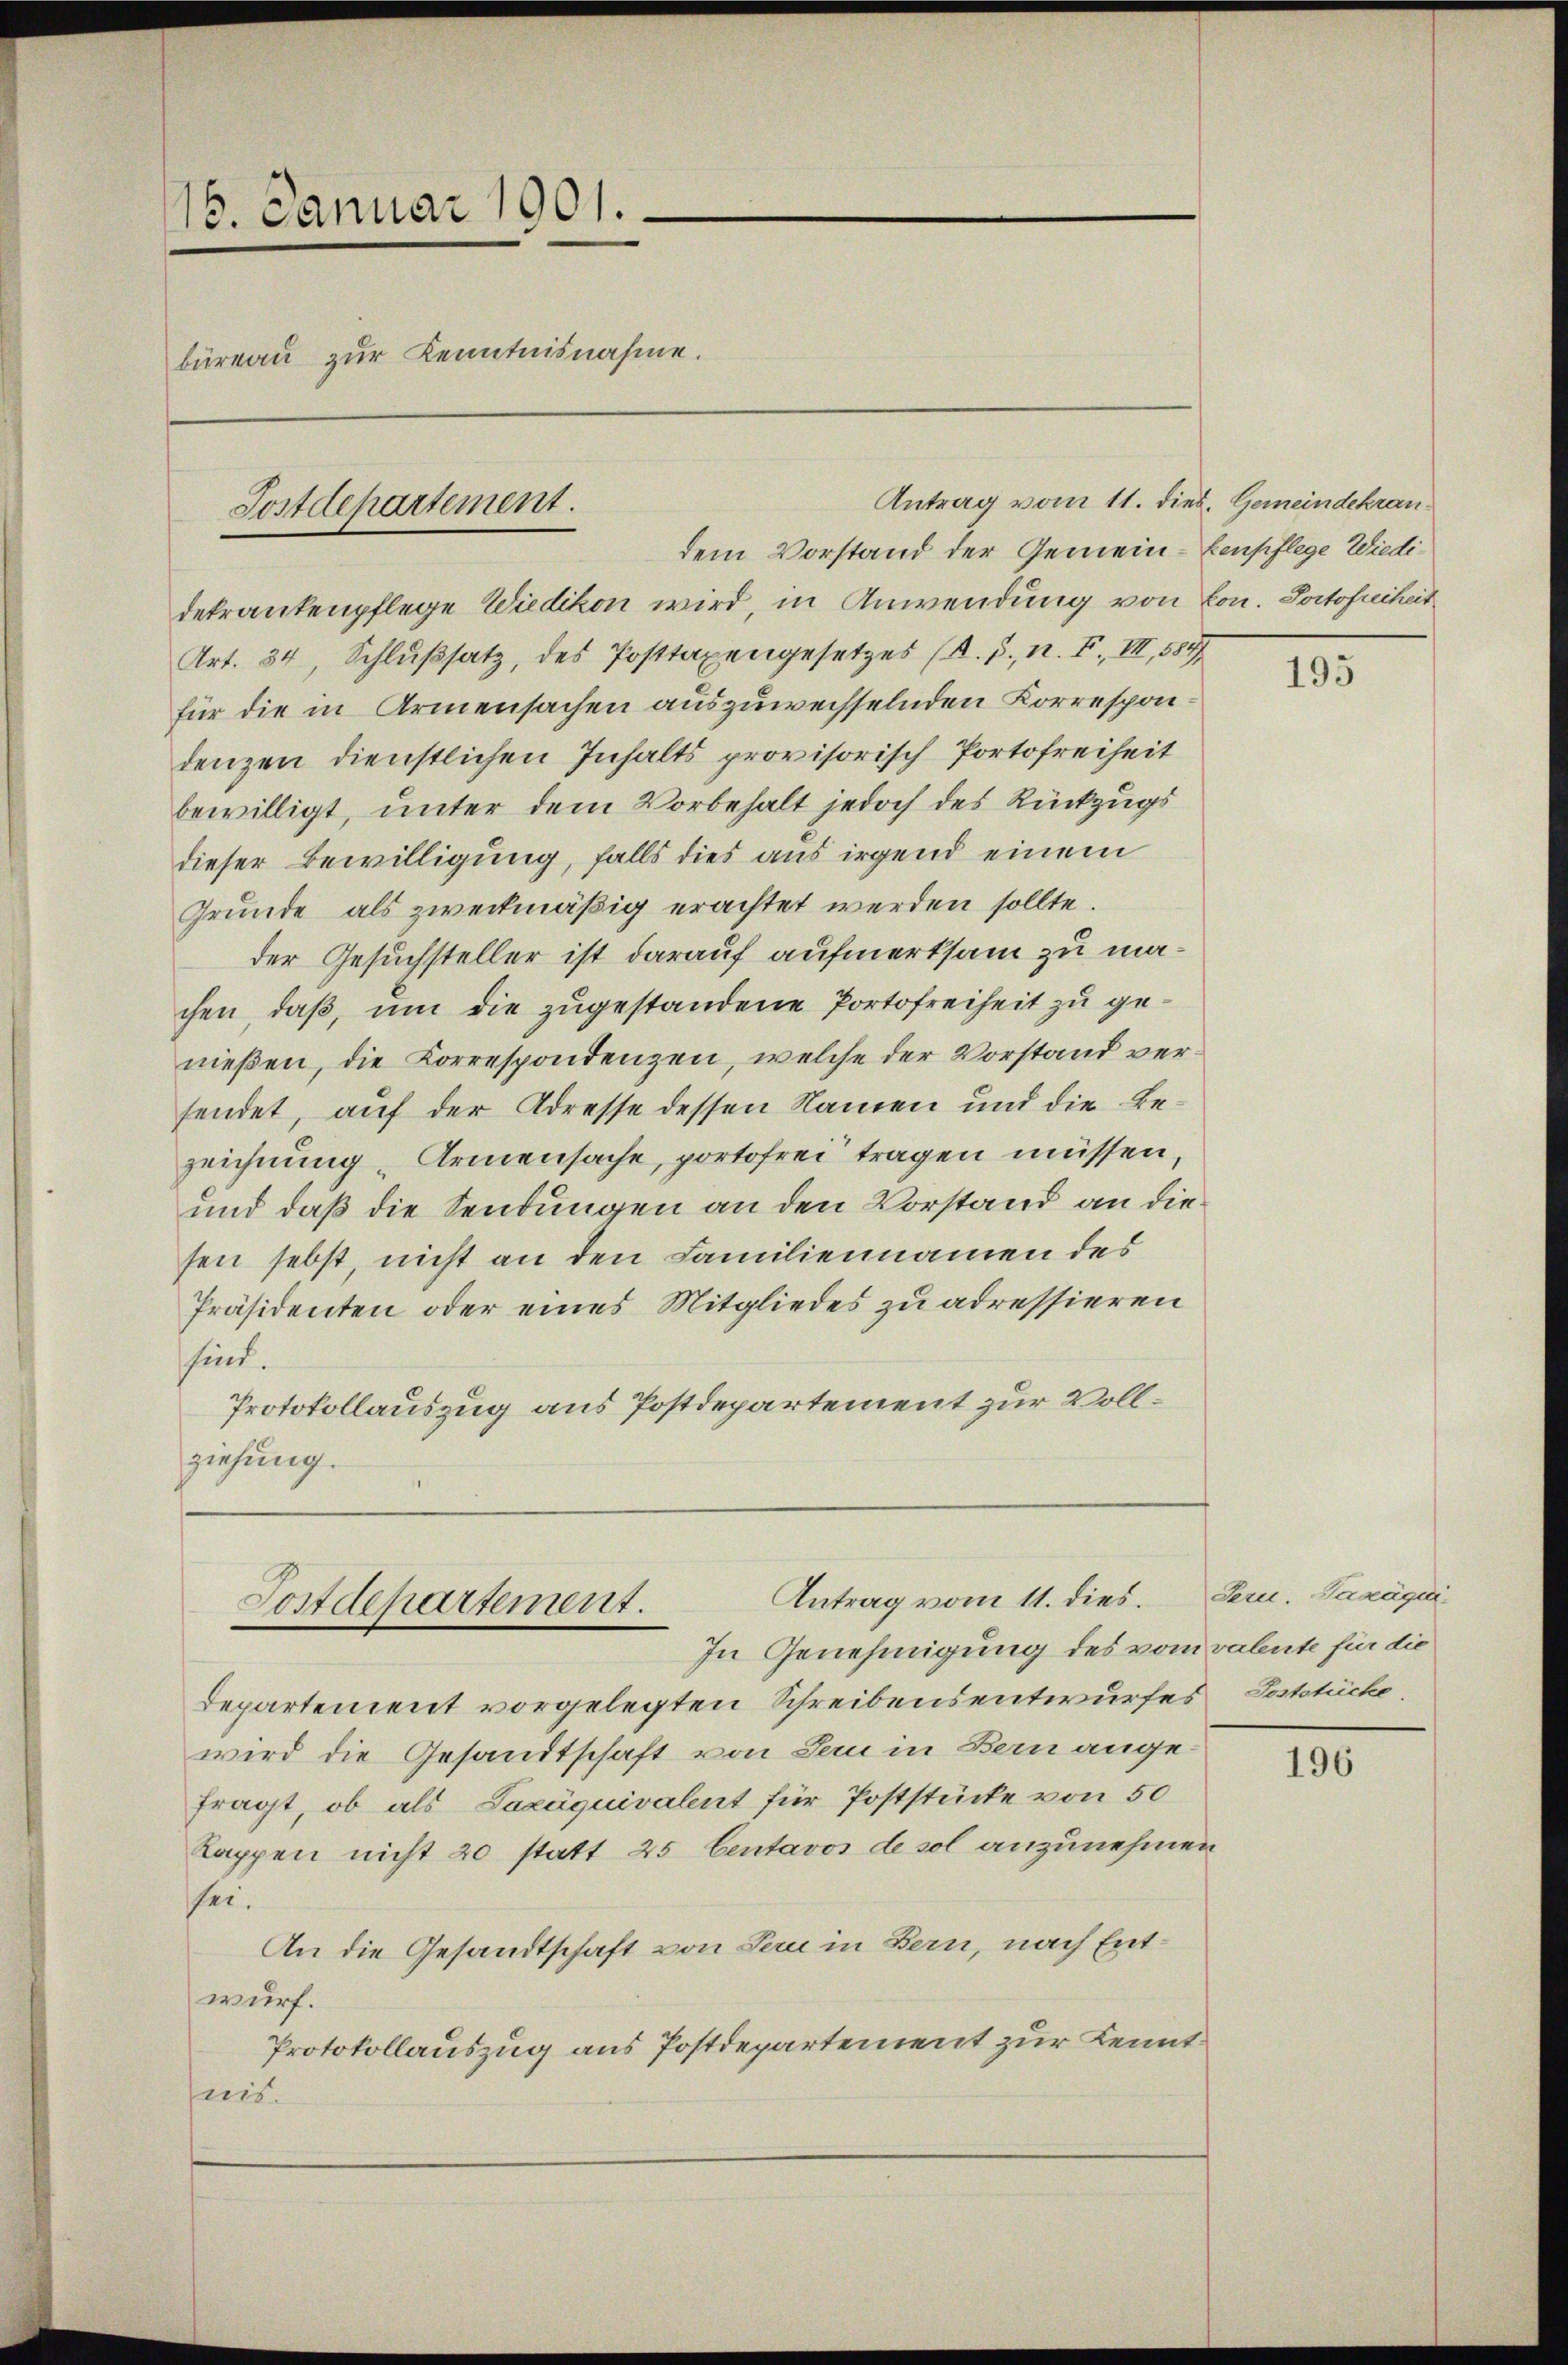
.
16. Januar 1901.
büreau zur Kenntnisnahme.

Postdepartement.

Antrag vom 11. dies, Gemeindekran¬

dekrankenpflege Wiedikon wird, in Anwendung von Lon. Portofreiheit
Art. 34, Schlußsatz, des Posttaxengesetzes (A.B., n. F. VII, 584
für die in Armensachen auszuwechselnden Korrespondenzen dienstlichen Inhalts provisorisch Portofreiheit
bewilligt, unter dem Vorbehalt jedoch des Rückzugs
dieser Bewilligung, falls dies aus irgend einem
Grunde als zweckmäßig erachtet werden sollte.
der Gesuchsteller ist darauf aufmerksam zu machen, daß, um die zugestandene Portofreiheit zu genießen, die Korrespondenzen, welche der Vorstand versendet, auf der Adresse dessen Namen und die Bezeichnung Armensache, portofrei tragen müssen,
und daß die Sendungen an den Vorstand an diesen sebst, nicht an den Familiennamen des
Präsidenten oder eines Mitgliedes zu adressieren
sind.
Protokollauszug aus Postdepartement zur Vollziehung.

Antrag vom 11. dies. Sern. Saxäqui¬
Postdepartement.
In Genehmigung des vom valente für die

dem Vorstand der Gemein-Eenpflege Wiedi¬

Departement vorgelegten Schreibensentwurfes Poststücke.
wird die Gesandtschaft von Sei in Bern ange
fragt, ob als Saxäquivalent für Poststücke von 50
Kappen nicht 20 statt 25 Centavos de sol anzunehmen
sei.
An die Gesandtschaft von Sein in Bern, nach Entwurf.
Protokollauszug aus Postdepartement zur Kenntwis.

195

196